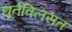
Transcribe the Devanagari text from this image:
धूर्तविलसत